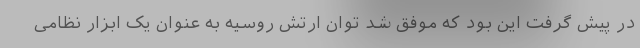
در پیش گرفت این بود که موفق شد توان ارتش روسیه به عنوان یک ابزار نظامی